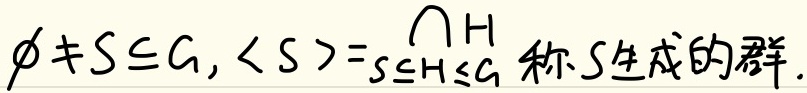
$\varnothing\neq S\subseteq G,\langle S\rangle=\bigcap_{S\subseteq H\le G}H$ 称 $S$ 生成的群.